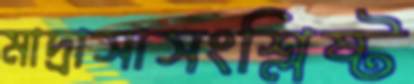
মাদ্রাসাসংশ্লিষ্ট